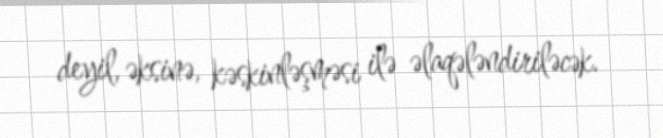
deyil, əksinə, kəskinləşməsi ilə əlaqələndiriləcək.